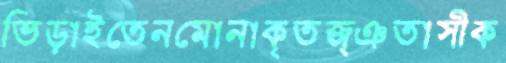
ভিড়াইতেনমোনাকৃতজ্ঞতাস্বীক